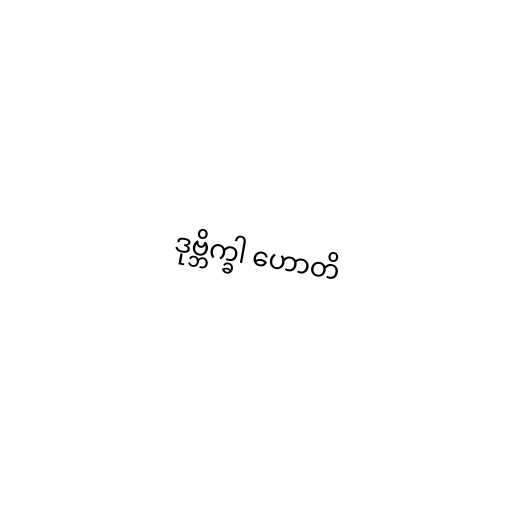
ဒုဗ္ဘိက္ခါ ဟောတိ